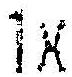
1X